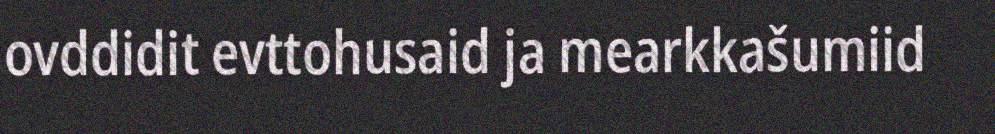
ovddidit evttohusaid ja mearkkašumiid